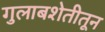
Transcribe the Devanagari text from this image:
गुलाबशेतीतून